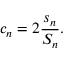
c _ { n } = 2 { \frac { s _ { n } } { S _ { n } } } .